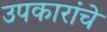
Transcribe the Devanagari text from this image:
उपकारांचे